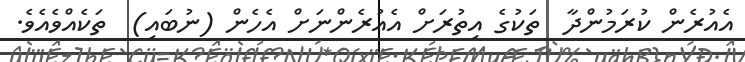
އެއުރެން ކުރަމުންދާ  ތަކުގެ އިތުރަށް އެއުރެންނަށް އެހެން (ނުބައި)  ތަކެއްވެއެވެ.